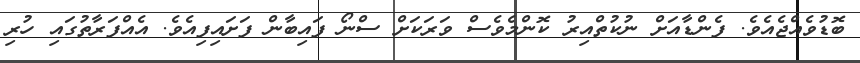
ބޮޑުވެއްޖެއެވެ. ފެންޑާއަށް ނުކުތްއިރު ކޮންމެވެސް ވަރަކަށް ސްނޯ ފައިބާން ފަށައިފިއެވެ. އެއްފަރާތުގައި ހުރި